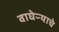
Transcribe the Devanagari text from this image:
वाघेऱ्याचे